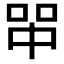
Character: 𰇪